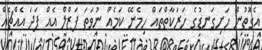
އެގޮތުން ހަށިގަނޑުގެ ހަރަކާތްތައް ހިމެނޭ ކަމެއް ނުވަތަ ޕަޒްލް އެއް ފަދަ އެއްޗެއް